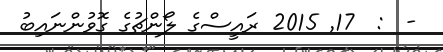
-  :  17